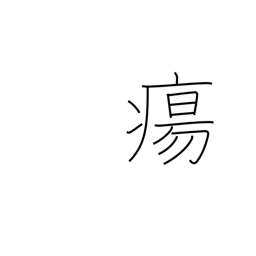
Meaning: swelling